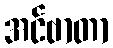
အင်ဗာတာ